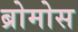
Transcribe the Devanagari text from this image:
ब्रोमोस